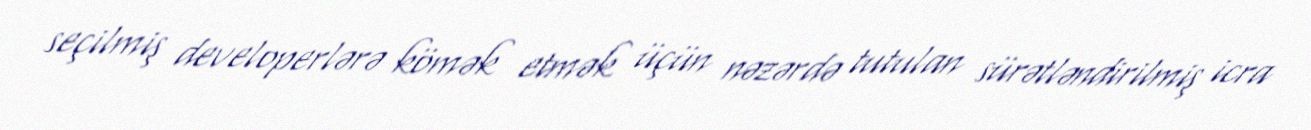
seçilmiş developerlərə kömək etmək üçün nəzərdə tutulan sürətləndirilmiş icra